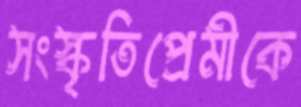
সংস্কৃতিপ্রেমীকে